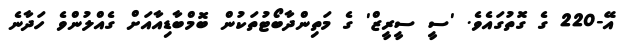
އޭ-220 ގެ ގޮތުގައެވެ. 'ސީ ސީރީޒް' ގެ މަތިންދާބޯޓުތަކުން ބޮމްބާޑިއާއަށް ގެއްލުންވެ ހަދާނެ